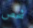
شخص